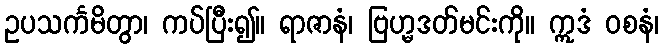
ဥပသင်္ကမိတွာ၊ ကပ်ပြီး၍။ ရာဇာနံ၊ ဗြဟ္မဒတ်မင်းကို။ ဣဒံ ဝစနံ၊